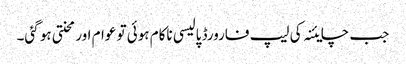
جب چایئنہ کی لیپ فارورڈ پالیسی ناکام ہوئی تو عوام اور محنتی ہو گئی۔